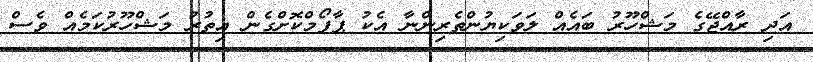
އަދި ރާއްޖޭގެ މަޝްހޫރު ބައެއް ލަވަކިޔުންތެރިންނާ އެކު ޕާފޯމްކޮށްގެން އިތުރު މަޝްހޫރުކަމެއް ވެސް